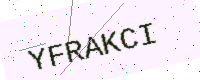
Text: YFRAKCI